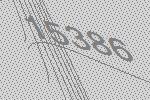
15386